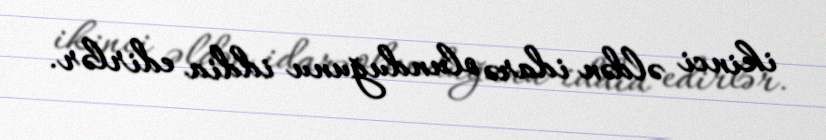
ikinci əldən idarə olunduğunu iddia edirlər.